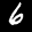
Label: 6